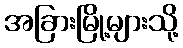
အခြားမြို့များသို့